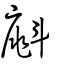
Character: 𣂁